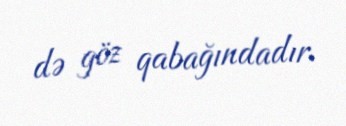
də göz qabağındadır.